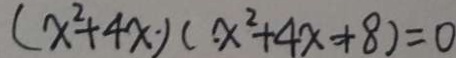
( x ^ { 2 } + 4 x ) ( x ^ { 2 } + 4 x + 8 ) = 0